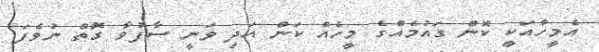
އެމީހާއަކީ ކޮން ގައުމެއްގެ މީހެއް ކަން އަދި ވަނީ ސާފުވާ ގޮތް ނުވެފަ